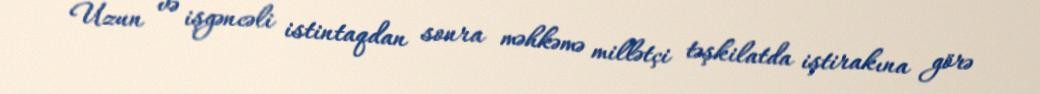
Uzun və işgəncəli istintaqdan sonra məhkəmə millətçi təşkilatda iştirakına görə